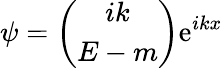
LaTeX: \psi=\left(\begin{array}{c}{{ik}}\\ {{E-m}}\end{array}\right)\mathrm{e}^{ikx}